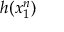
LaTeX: h ( x _ { 1 } ^ { n } )